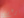
يرحم